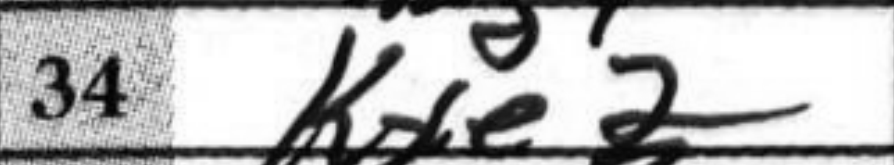
Transcription: Kxe2